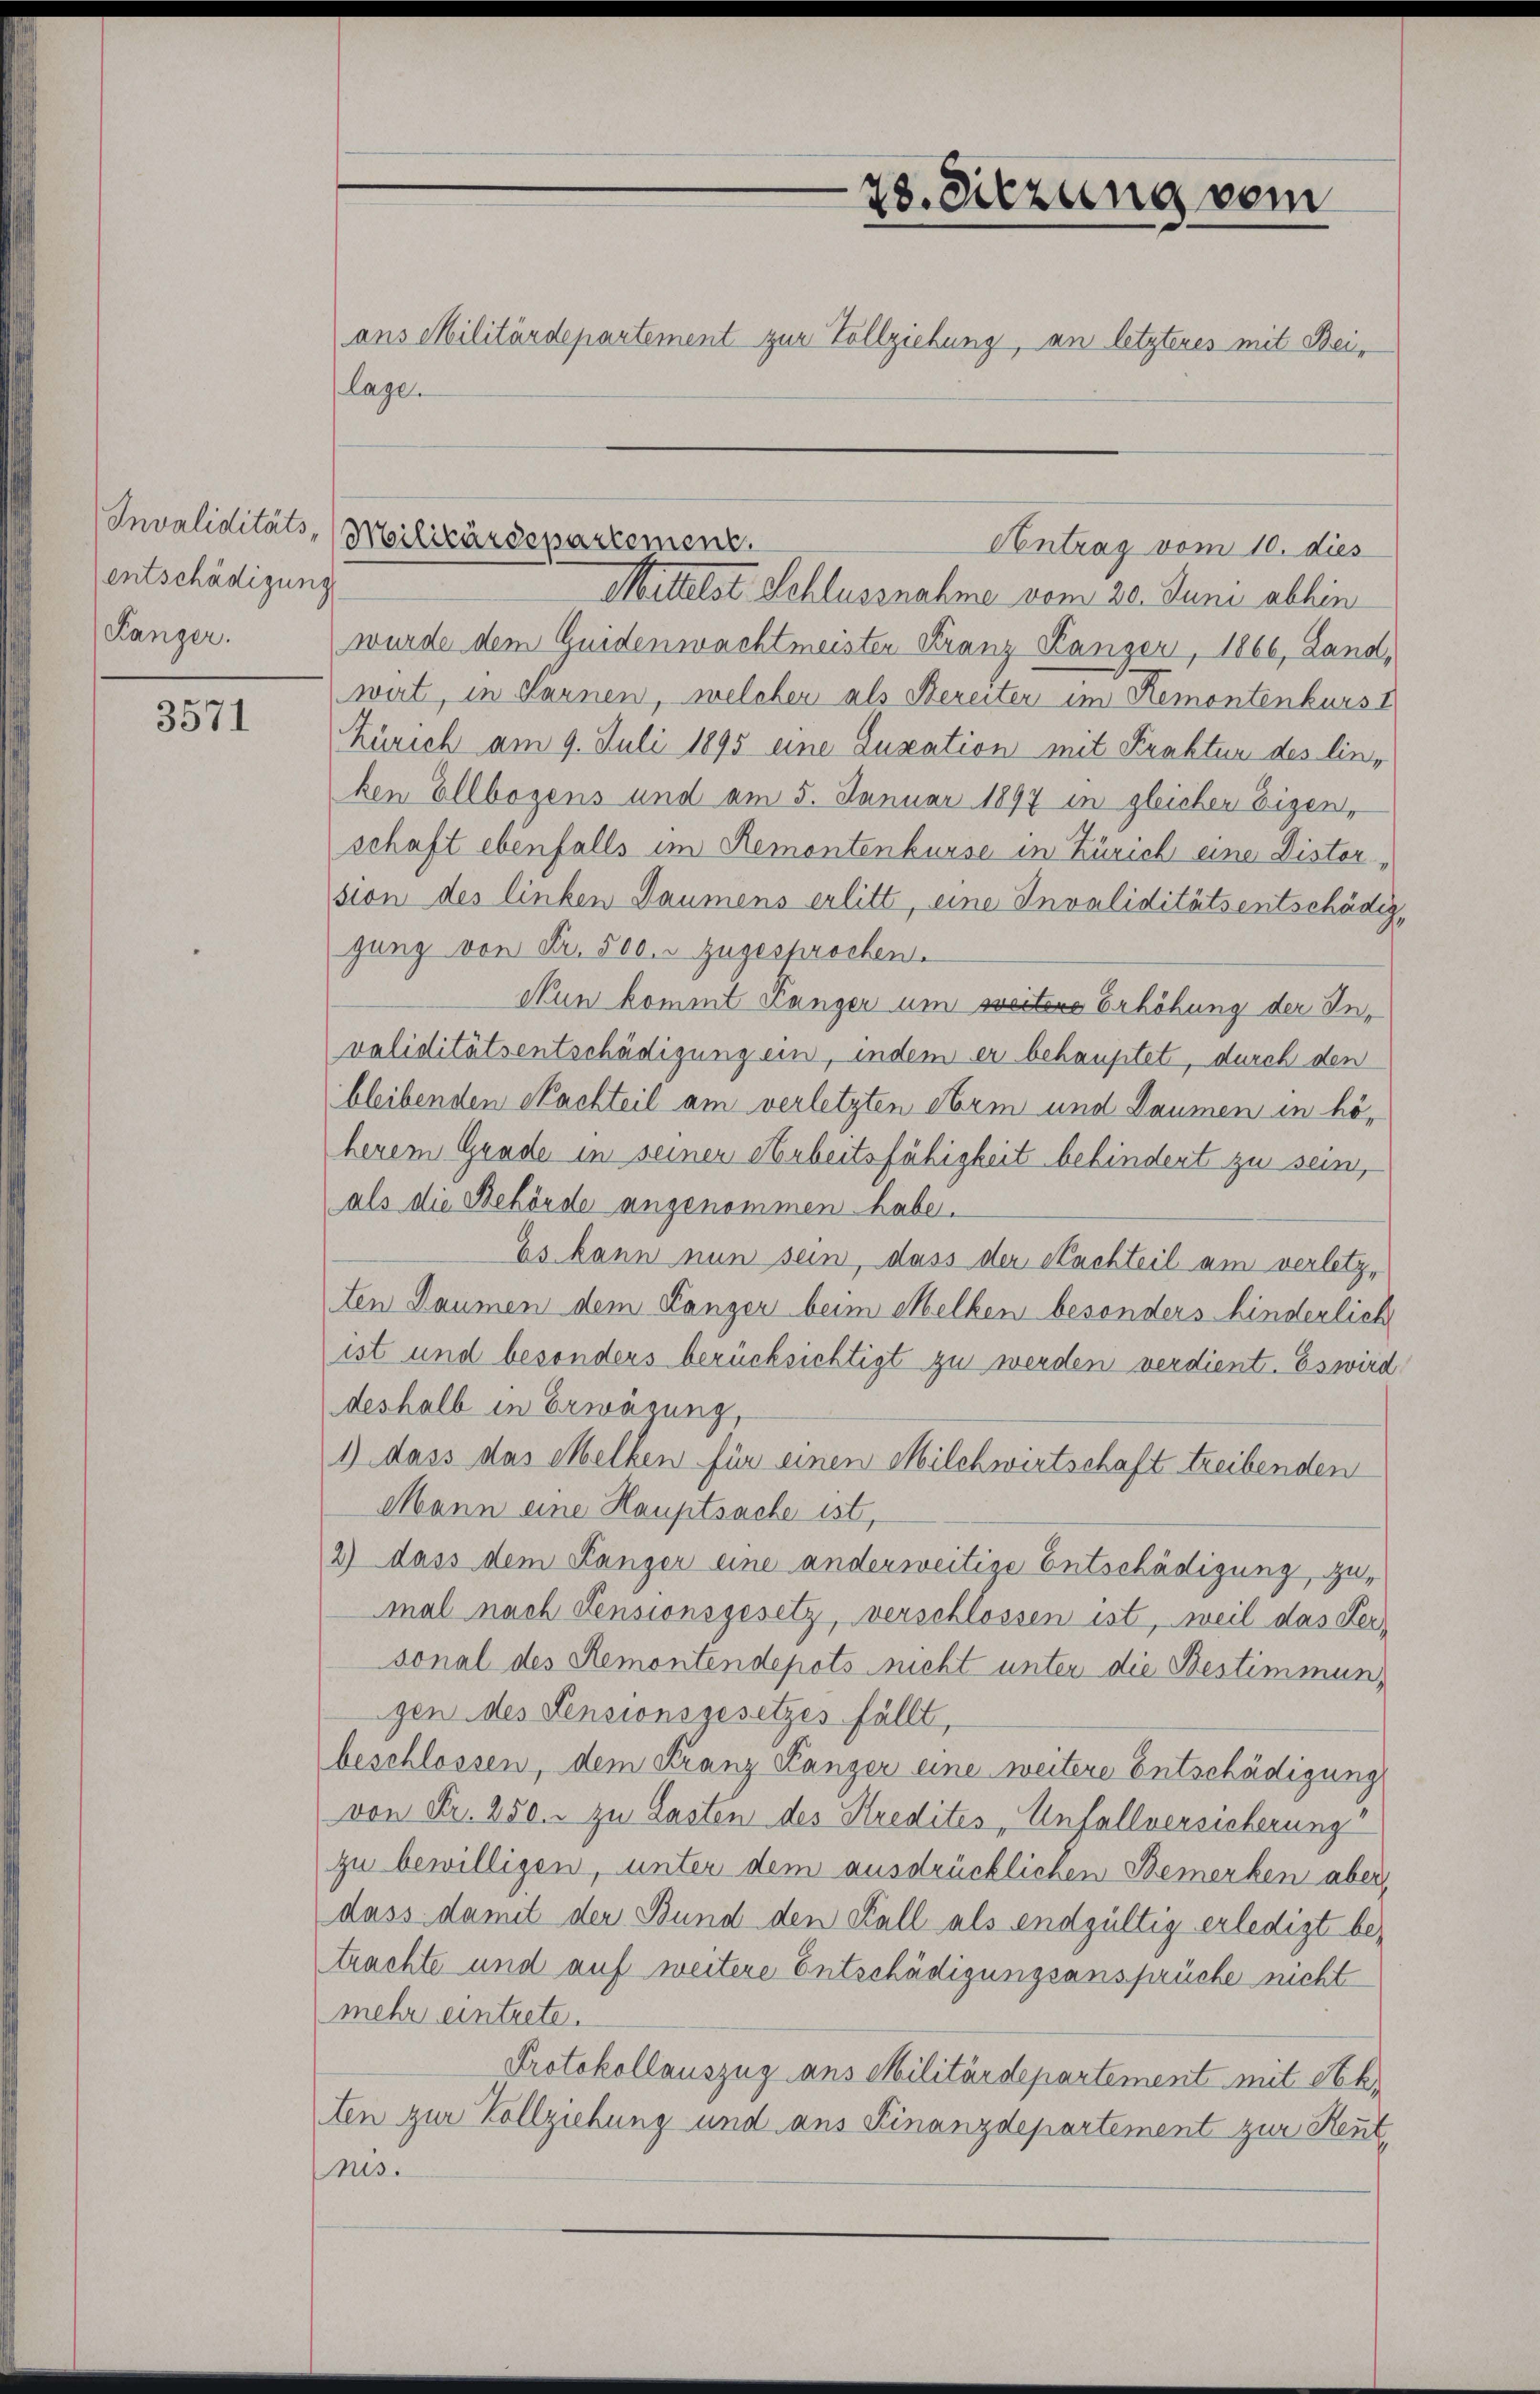
Invaliditäts-
entschädigung
Kanzer.

3571

Mittelst Schlussnahme vom 20. Juni abhin
wurde dem Guidenwachtmeisten Franz Panzer, 1866, Land,
wirt, in Mannen, welchen als Bereiter im Remontenkurs
Zürich am 9. Juli 1895 eine Zusation mit Prakten des linken Ellbogens und am 5. Januar 1897 in gleicher Eigen,
schaft ebenfalls im Remontenkurse in Zürich eine Distor
sion des linken Daumens erlitt, eine Invaliditätsentschädiggung von Fr. 500. zugesprochen.
Nun kommt Länger um weitere Erhöhung der Invaliditätsentschädigung ein, indem er behauptet, durch den
bleibenden Nachteil am verletzten Arm und Daumen in hö-
herem Grade in seiner Arbeitsfähigkeit behindent zu sein,
als die Behörde angenommen habe.
Es kann nun sein, dass der Nachteil am verletzten Daumen dem Lanzer beim Melken besonders hinderlich
ist und besonders berücksichtigt zu werden verdient. Es wird
deshalb in Erwägung,
1) dass das Melken für einen Milchwirtschaft treibenden
Mann eine Hauptsache ist,
2) dass dem Länger eine anderweitige Entschädigung, zumal nach Pensionsgesetz, verschlossen ist, weil das Versonal des Remontendepots nicht unter die Bestimmungen des Pensionsgesetzes fällt,
beschlossen, dem Franz Lanzer eine weitere Entschädigung
von Fr. 250. zu Lasten des Stredites Unfallversicherung
zu bewilligen, unter dem ausdrücklichen Bemerken aber
dass damit der Bund den Fall als endgültig erledigt be-
trachte und auf weitere Entschädigungsansprüche nicht
mehr eintrete.
Protokollauszug aus Militärdepartement mit Sch
ten zur Vollziehung und aus Finanzdepartement zur Reut
nis.

28. Sitzung vom
ans Militärdepartement zur Vollziehung, an letzteres mit Beilage.

Militärdepartement.

Antrag vom 10. dies